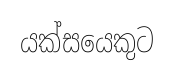
යක්සයෙකුට